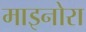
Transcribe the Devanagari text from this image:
माइनोरा